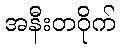
အနီးတဝိုက်